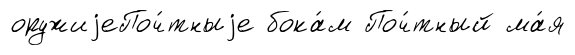
оружиjеПоч́тныjе бока́м Поч́тный ма́я